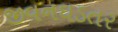
જીવનઘડતર